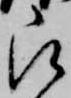
被